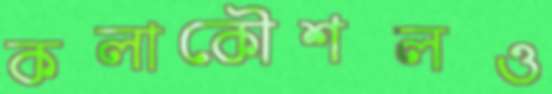
কলাকৌশলও